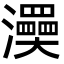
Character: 㶔